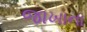
જાખાના